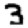
Digit: 3